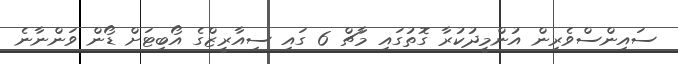
ސައިންސްވެރިން އުންމީދުކުރާ ގޮތުގައި މާޗް 6 ގައި ސިއާރީޒްގެ އޯބިޓަށް ޑޯން ވަންނާނެ